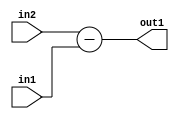
`timescale 1ps / 1ps
/*****************************************************************************
    Verilog RTL Description
    
    
    Created by: Stratus DpOpt 2019.1.01 
*******************************************************************************/

module st_weight_addr_gen_Sub_16Ux6U_17S_4_13 (
	in2,
	in1,
	out1
	); /* architecture "behavioural" */ 
input [15:0] in2;
input [5:0] in1;
output [16:0] out1;
wire [16:0] asc001;

assign asc001 = 
	+(in2)
	-(in1);

assign out1 = asc001;
endmodule

/* CADENCE  ubLzQws= : u9/ySgnWtBlWxVPRXgAZ4Og= ** DO NOT EDIT THIS LINE ******/